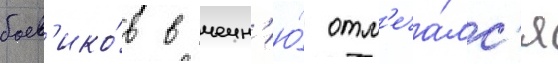
боев'ико́в в чечн'ю́ отм'еча́лс'я